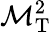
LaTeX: \mathcal{M}_{\mathrm{{T}}}^{2}